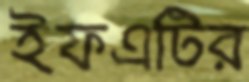
ইফএটির